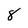
Character: 8